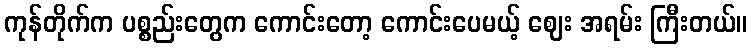
ကုန်တိုက်က ပစ္စည်းတွေက ကောင်းတော့ ကောင်းပေမယ့် ဈေး အရမ်း ကြီးတယ်။